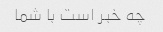
چه خبر است با شما